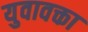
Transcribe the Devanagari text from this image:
युवावक्ता